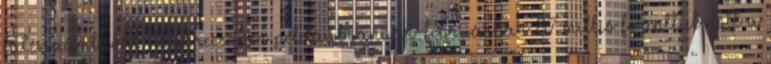
fűtésszámlával. Debrecenben például január-februárban 87 millió forinttal nőtt a